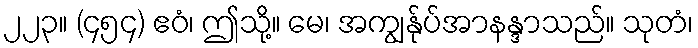
၂၂၃။ (၄၅၄) ဧဝံ၊ ဤသို့။ မေ၊ အကျွန်ုပ်အာနန္ဒာသည်။ သုတံ၊